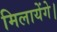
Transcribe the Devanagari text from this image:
मिलायेंगे।